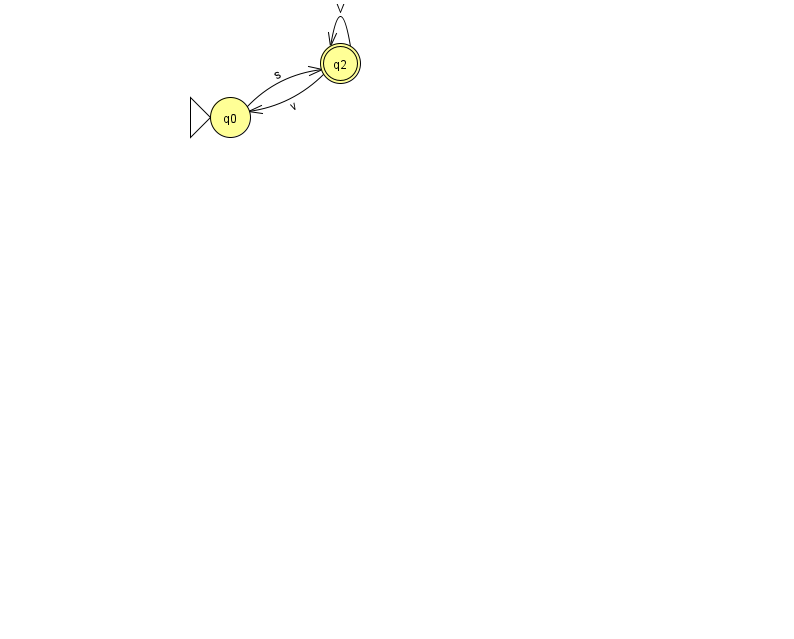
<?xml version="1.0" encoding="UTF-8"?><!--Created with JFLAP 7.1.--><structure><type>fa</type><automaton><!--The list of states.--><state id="0" name="q0"><x>230.0</x><y>104.0</y><initial/></state><state id="2" name="q2"><x>340.0</x><y>50.0</y><final/></state><!--The list of transitions.--><transition><from>2</from><to>2</to><read>V</read></transition><transition><from>0</from><to>2</to><read>s</read></transition><transition><from>2</from><to>0</to><read>v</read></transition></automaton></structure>